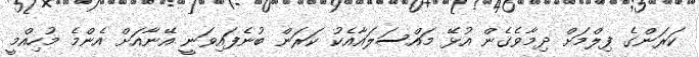
ކަރަންގެ ފިލްމަށް ދިމާވެގެން އުޅޭ މައްސަލައާއެކު ކަރަން ބުނެފައިވަނީ އޭނާއަށް އެންމެ މުހިއްމީ